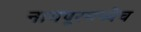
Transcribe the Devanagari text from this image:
नागपूरमध्येच